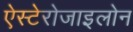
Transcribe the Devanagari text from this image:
ऐस्टेरोजाइलोन